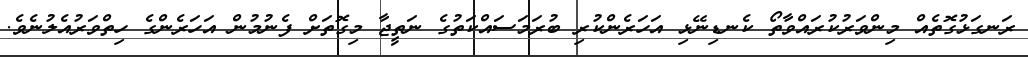
ރަނގަޅުގޮތެއް މިންވަރުކުރައްވާތޯ ކެނޑިނޭޅި އަހަރެންކުރި ބުރަމަސައްކަތުގެ ނަތީޖާ މިގޮތަށް ފެނުމުން އަހަރެންގެ ހިތްވަރުއެލުނެވެ.